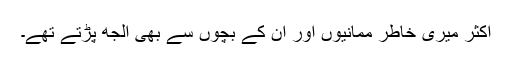
اکثر میری خاطر ممانیوں اور ان کے بچوں سے بھی الجھ پڑتے تھے۔